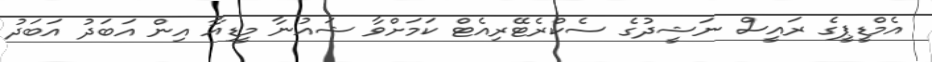
އެމްޑީޕީގެ ރައީސް ނަޝީދުގެ ސެކްރެޓޭރިއެޓް ކަމަށްވާ ޝައުނާ މީޑިއާ އިން އަބަދު އަބަދު